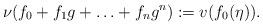
LaTeX: \begin{align*}\nu(f_0+f_1g+\ldots+f_ng^n):=v(f_0(\eta)).\end{align*}